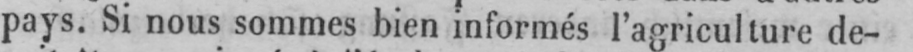
pays. Si nous sommes bien informés l’agriculture de-